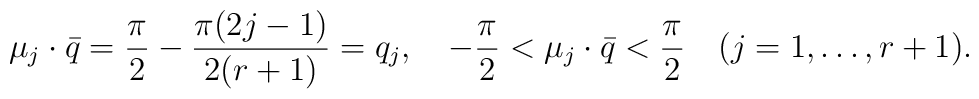
\mu_j\cdot\bar{q}={\pi\over2}-{\pi(2j-1)\over{2(r+1)}}=q_j,   \quad -{\pi\over2}<\mu_j\cdot\bar{q}<{\pi\over2}\quad(j=1,\ldots,r+1).